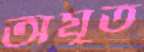
অযুত